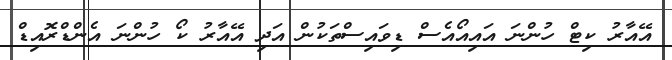
އޭއާރު ކިޓް ހުންނަ އައިއޯއެސް ޑިވައިސްތަކުން އަދި އޭއާރު ކޯ ހުންނަ އެންޑްރޮއިޑް